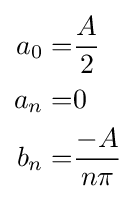
{\begin{aligned}a_{0}=&{\frac {A}{2}}\\a_{n}=&0\\b_{n}=&{\frac {-A}{n\pi }}\\\end{aligned}}